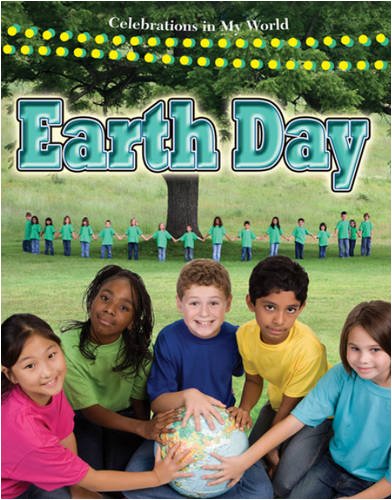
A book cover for Earth Day (Celebrations in My World); Molly Aloian; Children's Books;